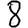
Digit: 8